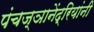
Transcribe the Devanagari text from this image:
पंचज्ञानेंद्रियांनी